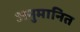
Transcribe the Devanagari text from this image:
अनुमानित